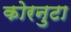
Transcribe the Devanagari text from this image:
कोरनुटा